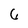
Character: 6